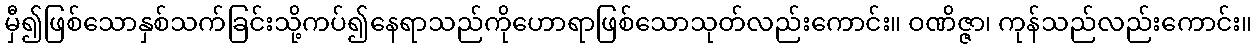
မှီ၍ဖြစ်သောနှစ်သက်ခြင်းသို့ကပ်၍နေရာသည်ကိုဟောရာဖြစ်သောသုတ်လည်းကောင်း။ ဝဏိဇ္ဇာ၊ ကုန်သည်လည်းကောင်း။